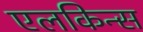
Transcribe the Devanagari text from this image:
एलकिन्स